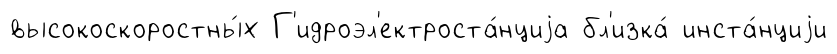
высокоскоростны́х Г'идроэл'ектроста́нциjа бл'изка́ инста́нциjи